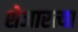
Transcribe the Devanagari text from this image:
शेजारत्या